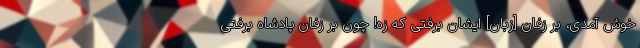
خوش آمدی، بر زفان [زبان] ایشان برفتی که زه! چون بر زفانِ پادشاه برفتی